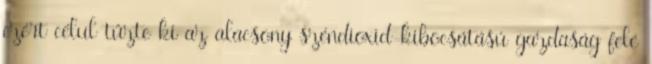
ezért célul tűzte ki az alacsony széndioxid-kibocsátású gazdaság felé